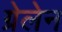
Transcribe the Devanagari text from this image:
ग्रेलेन